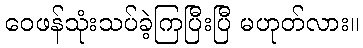
ဝေဖန်သုံးသပ်ခဲ့ကြပြီးပြီ မဟုတ်လား။